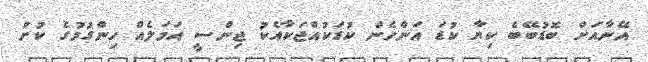
އޭނާއަށް ބޮޑުބޭބެ ކިޔާ ކުޑަ އަންހެން ކުޑަކުއްޖަކާއެކު ޖިންސީ އަމަލެއް ހިންގުމުގެ ކުށް